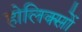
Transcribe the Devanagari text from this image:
होलिक्सों